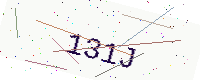
Text: 131J